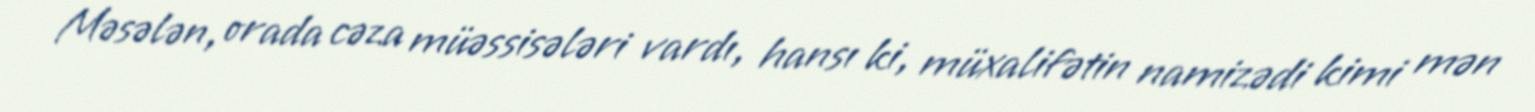
Məsələn, orada cəza müəssisələri vardı, hansı ki, müxalifətin namizədi kimi mən